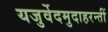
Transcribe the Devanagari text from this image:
यजुर्वेदमुदाहरन्तीं